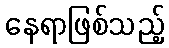
နေရာဖြစ်သည့်